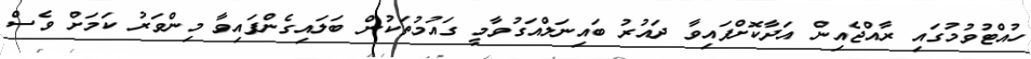
ހުއްޓުވުމުގައި ރާއްޖެއިން އަދާކޮށްފައިވާ ދައުރު ބައިނަލްއަގުވާމީ ގައުމުތަކުން ބަލައިގެންފައިވާ މިންވަރު ކަމަށް ވެސް